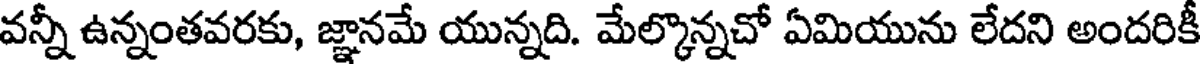
వన్నీ ఉన్నంతవరకు, జ్ఞానమే యున్నది. మేల్కొన్నచో ఏమియును లేదని అందరికీ